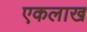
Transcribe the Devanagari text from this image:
एकलाख